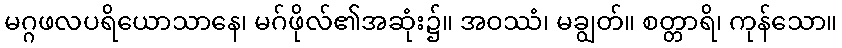
မဂ္ဂဖလပရိယောသာနေ၊ မဂ်ဖိုလ်၏အဆုံး၌။ အဝဿံ၊ မချွတ်။ စတ္တာရိ၊ ကုန်သော။